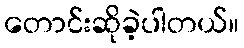
တောင်းဆိုခဲ့ပါတယ်။